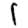
Digit: 1